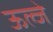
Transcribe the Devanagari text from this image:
ऊल्जे